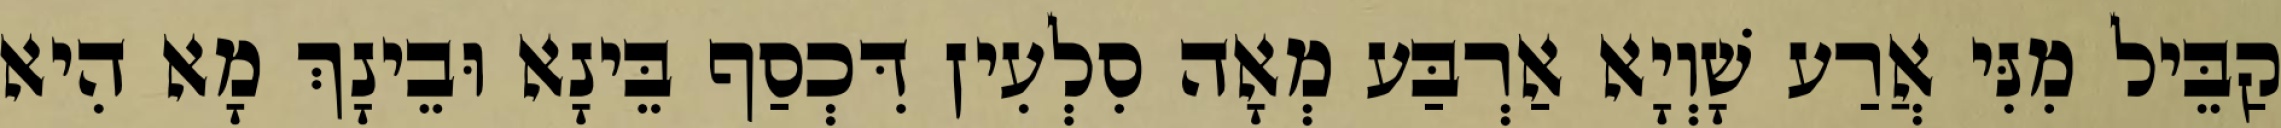
קַבֵּיל מִנִּי אֲרַע שָׁוְיָא אַרְבַּע מְאָה סִלְעִין דִּכְסַף בֵּינָא וּבֵינָךְ מָא הִיא